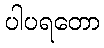
ပါပရတော